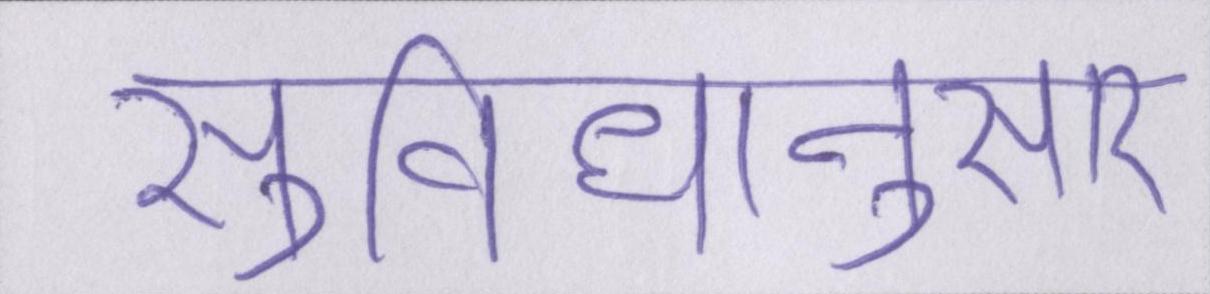
सुविधानुसार